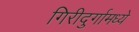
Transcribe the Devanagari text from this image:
गिरीदुर्गामध्ये